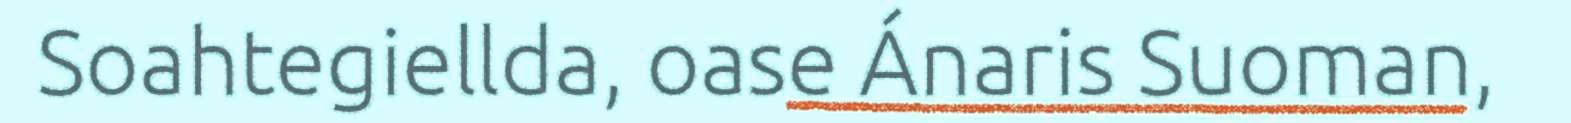
Soahtegiellda, oase Ánaris Suoman,